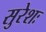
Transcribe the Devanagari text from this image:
सुरेशः